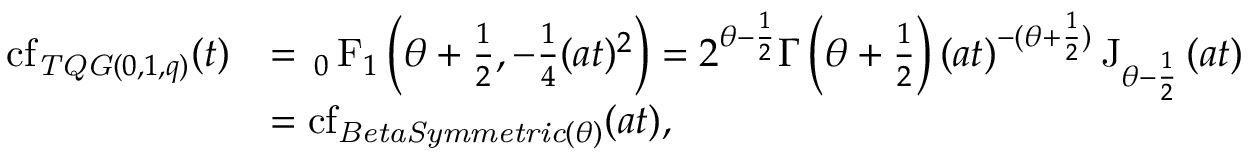
\begin{array} { r l } { \operatorname { c f } _ { \mathit { T Q G } ( 0 , 1 , q ) } ( t ) } & { = { \, _ { 0 } \operatorname { F } _ { 1 } } \left( \theta + \frac { 1 } { 2 } , - \frac { 1 } { 4 } ( a t ) ^ { 2 } \right) = 2 ^ { \theta - \frac { 1 } { 2 } } \Gamma \left( \theta + \frac { 1 } { 2 } \right) ( a t ) ^ { - ( \theta + \frac { 1 } { 2 } ) } \operatorname { J } _ { \theta - \frac { 1 } { 2 } } \left( a t \right) } \\ & { = \operatorname { c f } _ { \mathit { B e t a S y m m e t r i c } ( \theta ) } ( a t ) , } \end{array}